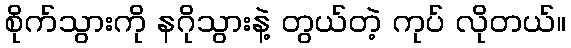
စိုက်သွားကို နဂိုသွားနဲ့ တွယ်တဲ့ ကုပ် လိုတယ်။